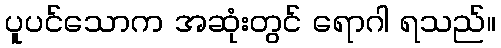
ပူပင်သောက အဆုံးတွင် ရောဂါ ရသည်။